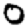
Digit: 0